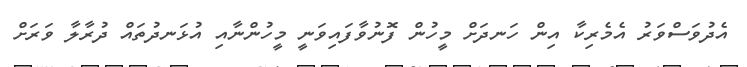
އެދުވަސްވަރު އެމެރިކާ އިން ހަނދަށް މީހުން ފޮނުވާފައިވަނީ މީހުންނާއި އުޅަނދުތައް ދުރާލާ ވަރަށް